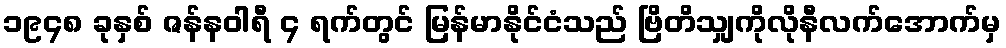
၁၉၄၈ ခုနှစ် ဇန်နဝါရီ ၄ ရက်တွင် မြန်မာနိုင်ငံသည် ဗြိတိသျှကိုလိုနီလက်အောက်မှ